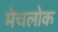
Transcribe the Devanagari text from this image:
मेचलोक